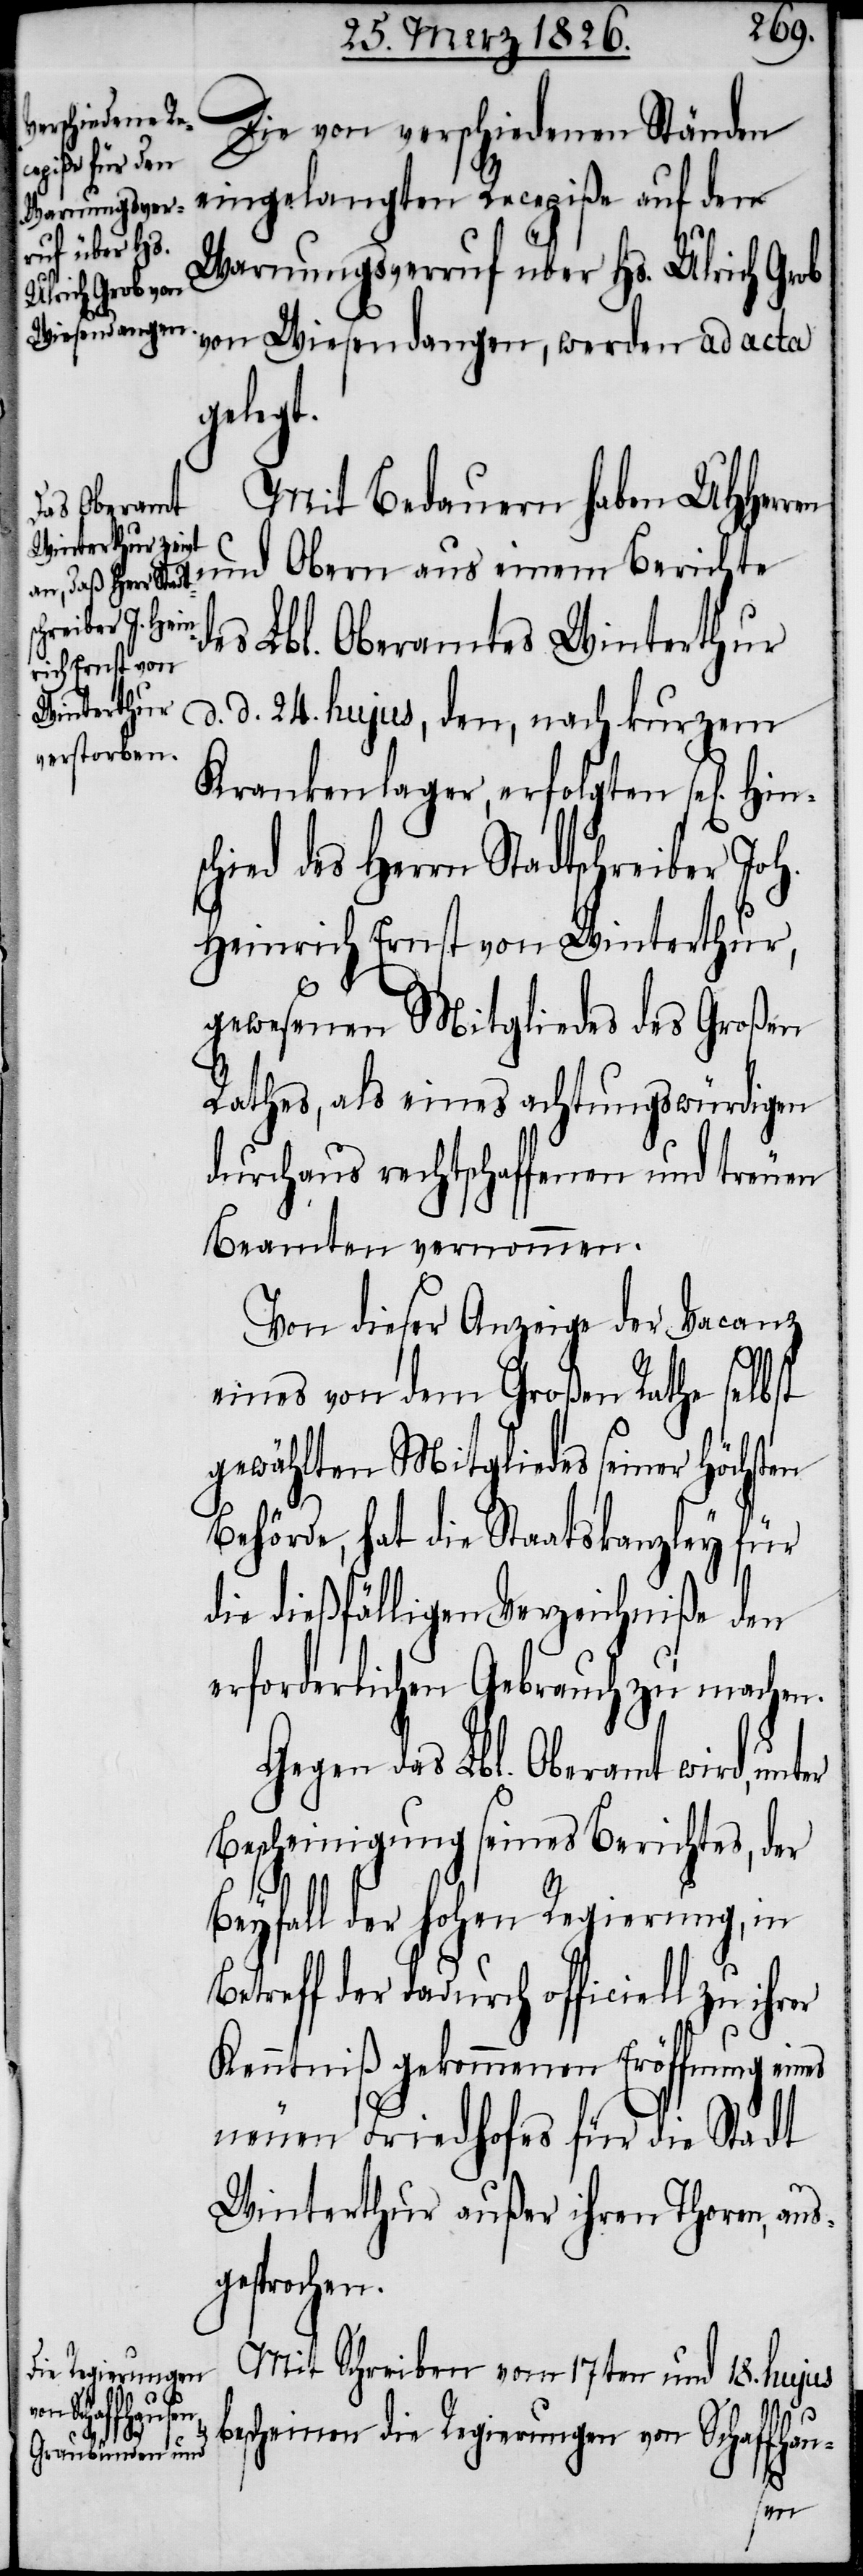
d¬

Die von verschiedenen Ständen
eingelangten Recepiße auf den
Warnungsverruf über Hs. Ulrich Grob
von Wiesendangen, werden ad acta
gelegt.
Mit Bedauern haben UHHerren
und Obern aus einem Berichte
es Lbl. Oberamtes Winterthur
d. d. 24. hujus, den, nach kurzem
Krankenlager, erfolgten sel[igen]
chied des Herrn Stadtschreiber Joh.
Heinrich Ernst von Winterthur,
gewesenen Mitgliedes des Großen
Rathes, als eines achtungswürdigen
durchaus rechtschaffenen und treuen
Beamten vernommen.
Von dieser Anzeige der Vacanz
eines von dem Großen Rathe selbst
gewählten Mitgliedes seiner Höchst¬
Behörde, hat die Staatskanzley für
die dießfälligen Verzeichniße den
erforderlichen Gebrauch zu machen.
Gegen das Lbl. Oberamt wird, unter
Bescheinigung seines Berichtes, der
Beyfall der hohen Regierung, in
Betreff der dadurch officiell zu
Kenntniß gekommenen Eröffnung eines
neuen Friedhofes für die Stadt
Winterthur außer ihren Thoren, aus¬
gesprochen.
Mit Schreiben vom 17ten und 18. hujus
bescheinen die Regierungen von Schaffhau-
en